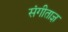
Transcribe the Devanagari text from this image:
संगीताज्ञ